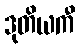
ဒုတိယကီ